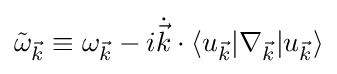
{\tilde {\omega }}_{\vec {k}}\equiv \omega _{\vec {k}}-i{\dot {\vec {k}}}\cdot \langle u_{\vec {k}}|\nabla _{\vec {k}}|u_{\vec {k}}\rangle